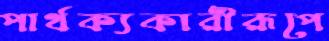
পার্থক্যকারীরূপে